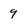
Character: 9